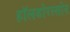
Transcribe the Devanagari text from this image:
हॉलडोरस्सोन